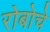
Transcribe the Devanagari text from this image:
रोबोचे